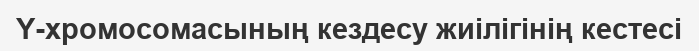
Y-хромосомасының кездесу жиілігінің кестесі